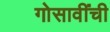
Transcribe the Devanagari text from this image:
गोसावींची